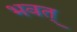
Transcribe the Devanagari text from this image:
भवत्